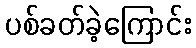
ပစ်ခတ်ခဲ့ကြောင်း